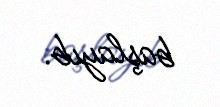
başlayıb.